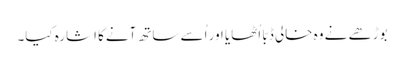
بوڑھے نے وہ خالی ڈبّا اُٹھایا اور اُسے ساتھ آنےکا اشارہ کیا۔